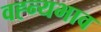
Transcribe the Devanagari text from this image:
वह्न्यभाव